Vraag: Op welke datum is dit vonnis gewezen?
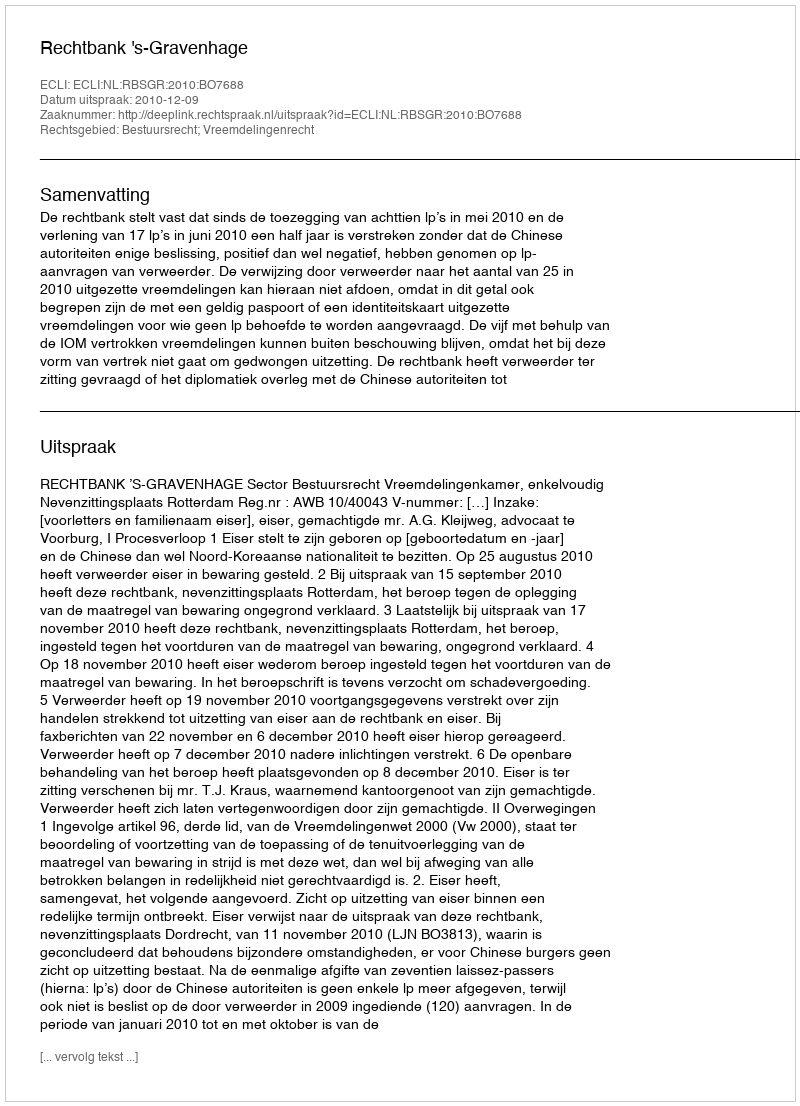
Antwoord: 2010-12-09